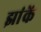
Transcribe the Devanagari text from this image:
झांकें